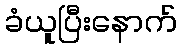
ခံယူပြီးနောက်